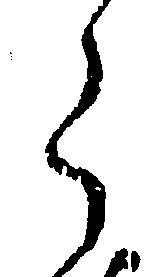
ら